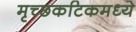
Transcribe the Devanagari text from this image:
मृच्छकटिकमध्ये